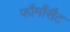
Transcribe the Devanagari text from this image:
फौर्मोसैट